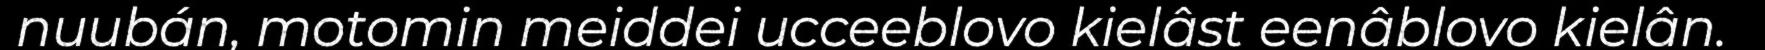
nuubán, motomin meiddei ucceeblovo kielâst eenâblovo kielân.